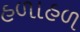
હળાહળ